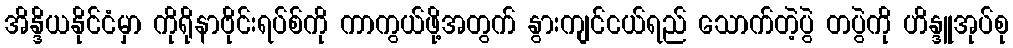
အိန္ဒိယနိုင်ငံမှာ ကိုရိုနာဗိုင်းရပ်စ်ကို ကာကွယ်ဖို့အတွက် နွားကျင်ငယ်ရည် သောက်တဲ့ပွဲ တပွဲကို ဟိန္ဒူအုပ်စု